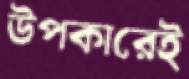
উপকারেই